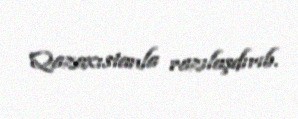
Qazaxıstanla razılaşdırıb.